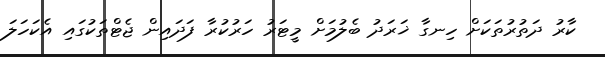
ކާރު ދަތުރުތަކަށް ހިނގާ ޚަރަދު ބެލުމަށް މީޓަރު ހަރުކުރާ ފަދައިން ޖެޓްތަކުގައި އެކަހަލަ